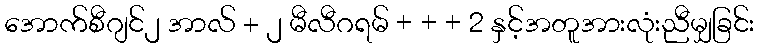
အောက်စီဂျင်၂ အာလ် + ၂ မီလီဂရမ် + + + 2 နှင့်အတူအားလုံးညီမျှခြင်း